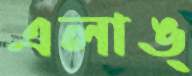
এলাঙ্